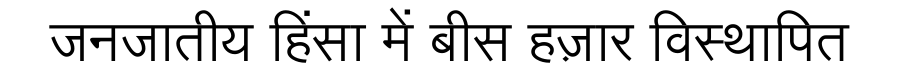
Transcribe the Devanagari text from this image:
जनजातीय हिंसा में बीस हज़ार विस्थापित